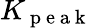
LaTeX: K_{\mathrm{~p~e~a~k~}}